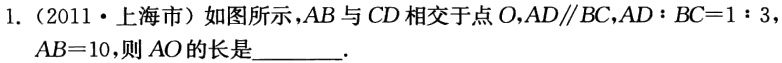
1. （2011・上海市）如图所示，\(AB\)与\(CD\)相交于点\(O\)，\(AD\parallel BC\)，\(AD:BC = 1:3\)，\(AB = 10\)，则\(AO\)的长是________.